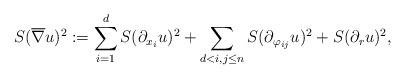
LaTeX: \begin{align*} S(\overline\nabla u)^2:= \sum_{i=1}^d S(\partial_{x_i} u)^2+ \sum_{d<i,j\leq n} S(\partial_{\varphi_{ij}} u)^2 + S(\partial_r u)^2,\end{align*}